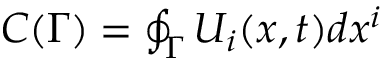
\begin{array} { r } { C ( \Gamma ) = \oint _ { \Gamma } U _ { i } ( x , t ) d x ^ { i } } \end{array}